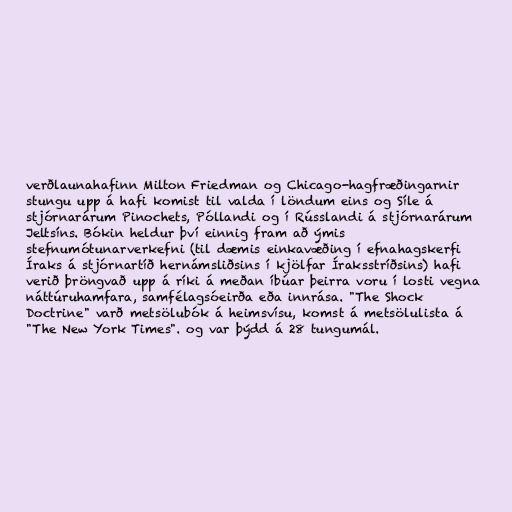
verðlaunahafinn Milton Friedman og Chicago-hagfræðingarnir
stungu upp á hafi komist til valda í löndum eins og Síle á
stjórnarárum Pinochets, Póllandi og í Rússlandi á stjórnarárum
Jeltsíns. Bókin heldur því einnig fram að ýmis
stefnumótunarverkefni (til dæmis einkavæðing í efnahagskerfi
Íraks á stjórnartíð hernámsliðsins í kjölfar Íraksstríðsins) hafi
verið þröngvað upp á ríki á meðan íbúar þeirra voru í losti vegna
náttúruhamfara, samfélagsóeirða eða innrása. "The Shock
Doctrine" varð metsölubók á heimsvísu, komst á metsölulista á
"The New York Times". og var þýdd á 28 tungumál.